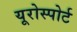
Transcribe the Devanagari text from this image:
यूरोस्पोर्ट